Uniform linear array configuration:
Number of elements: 24
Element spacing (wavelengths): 1
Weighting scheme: kaiser
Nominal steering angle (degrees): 30
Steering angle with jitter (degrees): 28.816
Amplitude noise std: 0.05
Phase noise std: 0.05

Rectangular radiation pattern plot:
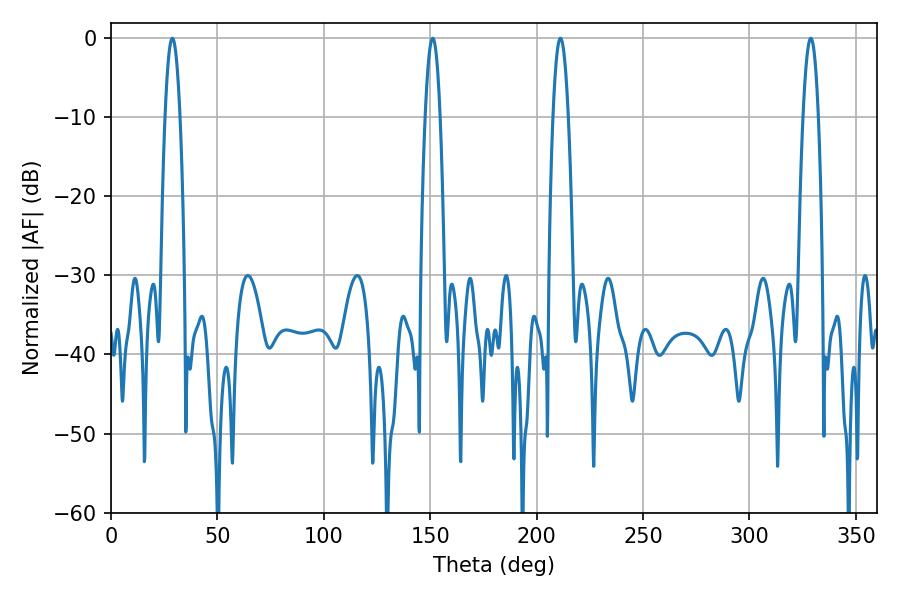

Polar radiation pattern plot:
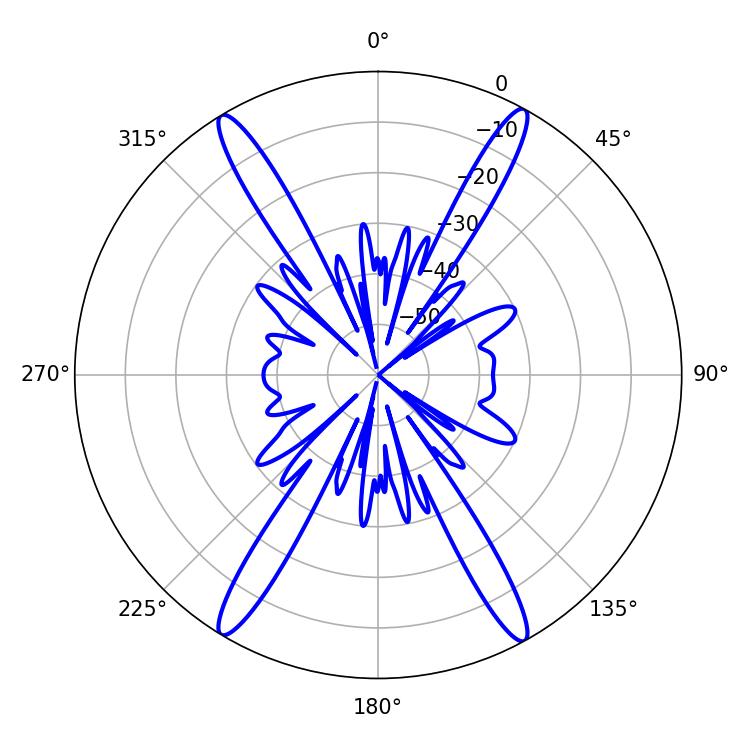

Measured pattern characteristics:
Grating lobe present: TRUE
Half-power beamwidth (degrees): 3.78
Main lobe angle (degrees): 28.8